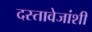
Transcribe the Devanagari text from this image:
दस्तावेजांशी